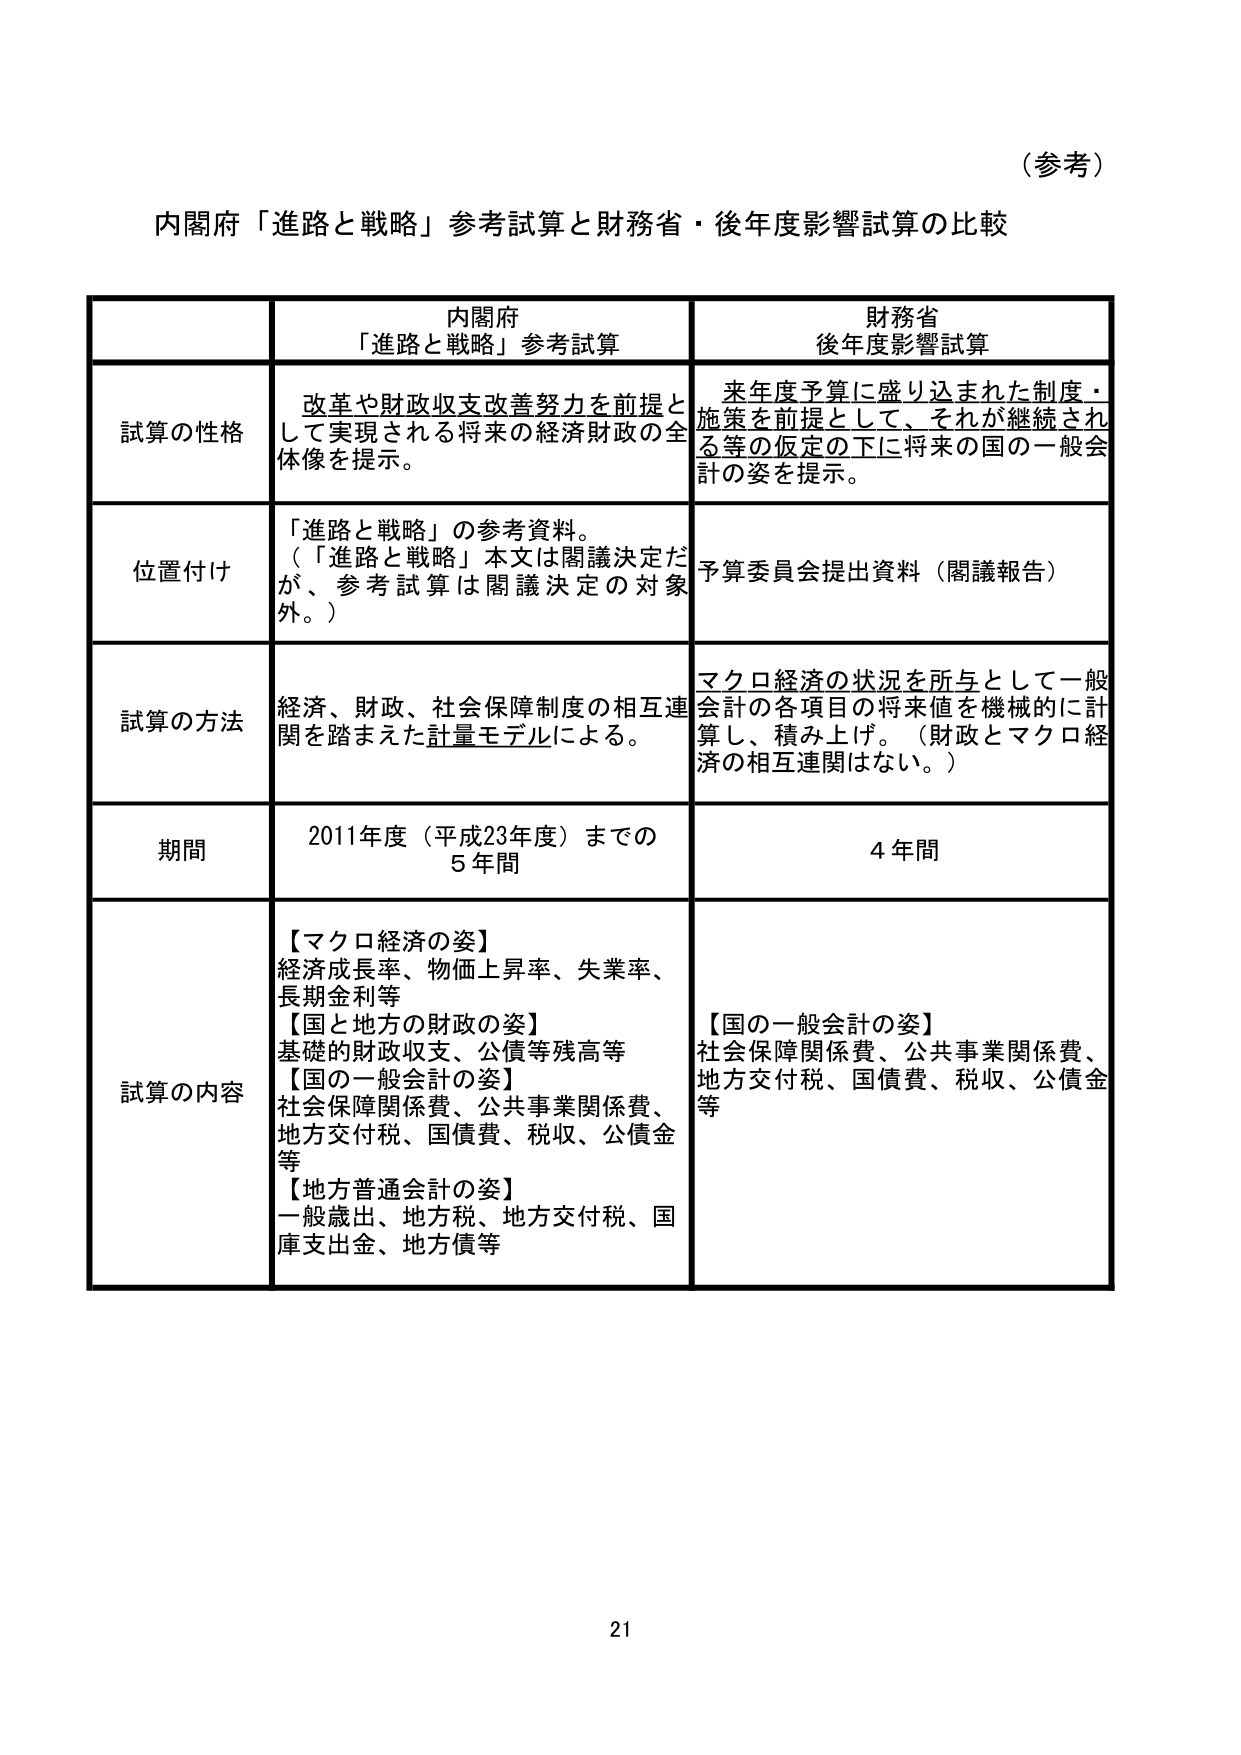
（参考）

内閣府「進路と戦略」参考試算と財務省・後年度影響試算の比較

内閣府
「進路と戦略」参考試算
財務省
後年度影響試算

試算の性格
改革や財政収支改善努力を前提として実現される将来の経済財政の全体像を提示。
来年度予算に盛り込まれた制度・施策を前提として、それが継続される等の仮定の下に将来の国の一般会計の姿を提示。

位置付け
「進路と戦略」の参考資料。
（「進路と戦略」本文は閣議決定だが、参考試算は閣議決定の対象外。）
予算委員会提出資料（閣議報告）

試算の方法
経済、財政、社会保障制度の相互連関を踏まえた計量モデルによる。
マクロ経済の状況を所与として一般会計の各項目の将来値を機械的に計算し、積み上げ。（財政とマクロ経済の相互連関はない。）

期間
2011年度（平成23年度）までの5年間
4年間

試算の内容
【マクロ経済の姿】
経済成長率、物価上昇率、失業率、長期金利等
【国と地方の財政の姿】
基礎的財政収支、公債等残高等
【国の一般会計の姿】
社会保障関係費、公共事業関係費、地方交付税、国債費、税収、公債金等
【地方普通会計の姿】
一般歳出、地方税、地方交付税、国庫支出金、地方債等
【国の一般会計の姿】
社会保障関係費、公共事業関係費、地方交付税、国債費、税収、公債金等

21